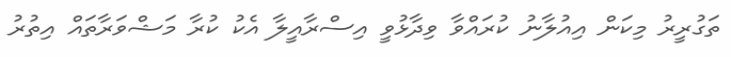
ތަގުރީރު މިކަން އިއުލާނު ކުރައްވާ ވިދާޅުވީ އިސްރާއީލާ އެެކު ކުރާ މަޝްވަރާތައް އިތުރު